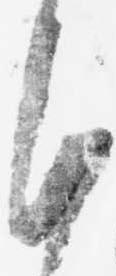
沙